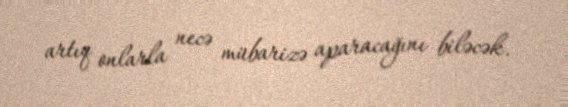
artıq onlarla necə mübarizə aparacağını biləcək.